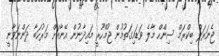
ޖެނަރަލް ބިކްރަމް ސިންހް މާލެ ވަޑައިގަތުމުން ޖުމްހޫރީ މައިދާނުން އޭނާއަށް މަރުހަބާ ދަންނަވާނީ